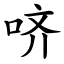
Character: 哜